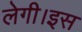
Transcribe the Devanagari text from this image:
लेगी।इस